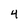
Character: 4